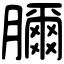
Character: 𦢈